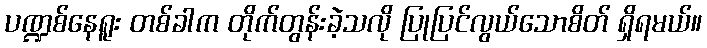
ပဏ္ဍစ်နေရူး တစ်ခါက တိုက်တွန်းခဲ့သလို ပြုပြင်လွယ်သောစိတ် ရှိရမယ်။